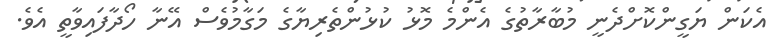
އެކަން ޔަގީންކޮށްދެނީ މުބާރާތުގެ އެންމެ މޮޅު ކުޅުންތެރިޔާގެ މަގާމުވެސް އޭނާ ހޯދާފައިވާތީ އެވެ.